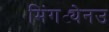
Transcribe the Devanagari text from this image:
मिंगट्येनउ